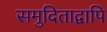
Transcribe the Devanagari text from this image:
समुदिताद्वापि